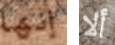
إنها ألا